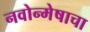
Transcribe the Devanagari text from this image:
नवोन्मेषाचा